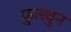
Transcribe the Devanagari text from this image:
फुलवुन